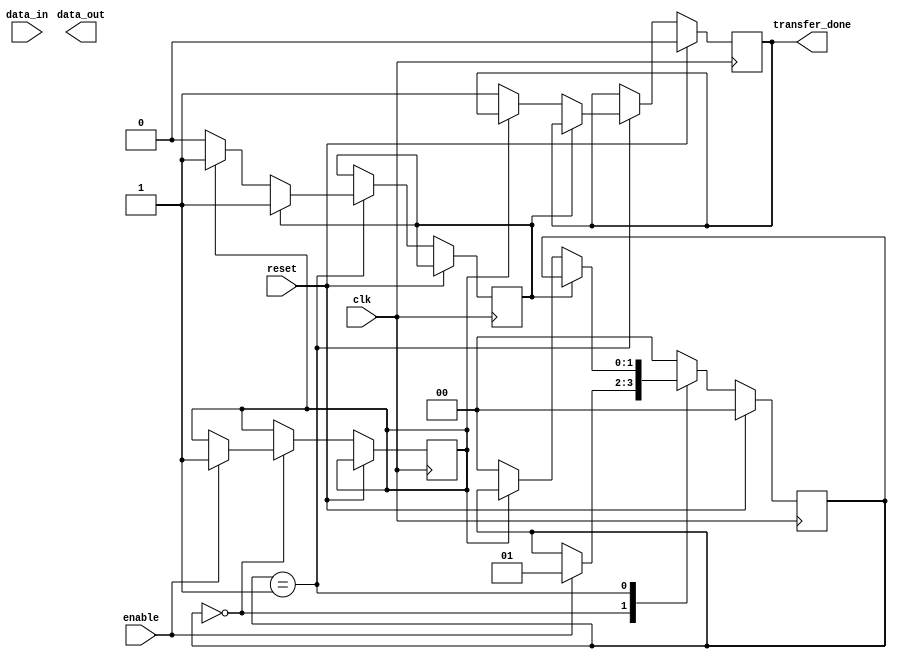
module spi_master(
    input wire clk,
    input wire reset,
    input wire enable,
    input wire [7:0] data_in,
    output reg [7:0] data_out,
    output reg transfer_done
);

// Control block
reg [1:0] state;
reg start_transfer;
reg transfer_in_progress;

// Data buffer block
reg [7:0] data_buffer_out;
reg [7:0] data_buffer_in;

// State machine
parameter IDLE = 2'b00;
parameter TRANSFER = 2'b01;

// Clock generator block
always @(posedge clk) begin
    // Your clock generation logic here
end

// Shift register block
// Your shift register logic here

// Data transfer block
always @(posedge clk) begin
    if (reset) begin
        state <= IDLE;
        transfer_done <= 0;
    end else begin
        case(state)
            IDLE: begin
                if (enable) begin
                    state <= TRANSFER;
                    start_transfer <= 1;
                end
            end
            TRANSFER: begin
                if (transfer_in_progress) begin
                    // Your data transfer logic here
                end else begin
                    if (start_transfer) begin
                        // Initialize transfer parameters
                        data_buffer_out <= data_in;
                        transfer_in_progress <= 1;
                    end else begin
                        transfer_done <= 1;
                        state <= IDLE;
                    end
                end
            end
            default: state <= IDLE;
        endcase
    end
end

endmodule